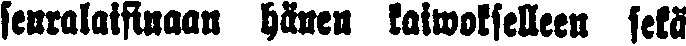
seuralaisinaan hänen kaiwokselleen sekä